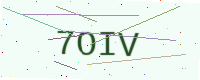
Text: 7OIV